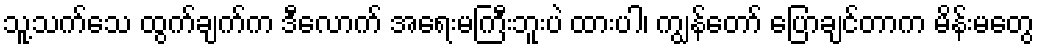
သူ့သက်သေ ထွက်ချက်က ဒီလောက် အရေးမကြီးဘူးပဲ ထားပါ၊ ကျွန်တော် ပြောချင်တာက မိန်းမတွေ